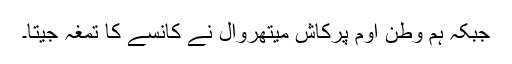
جبکہ ہم وطن اوم پرکاش میتھروال نے کانسے کا تمغہ جیتا۔